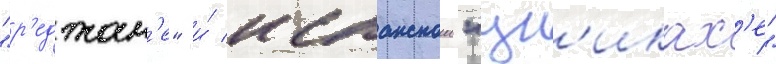
"р'еджан'е" и́ испанскои "ун'иках'е"